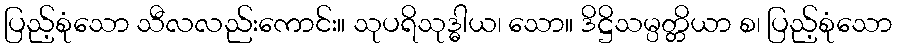
ပြည့်စုံသော သီလလည်းကောင်း။ သုပရိသုဒ္ဓါယ၊ သော။ ဒိဋ္ဌိသမ္ပတ္တိယာ စ၊ ပြည့်စုံသော